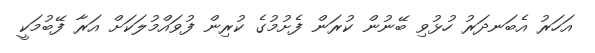
އަހަރު އެބަނދަރު ހުޅުވި ބޭނުން ކުރަން ފެށުމުގެ ކުރިން ފުވައްމުލަކަށް އަރާ ފޭބުމަކީ